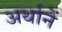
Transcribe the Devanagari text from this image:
अर्थानें